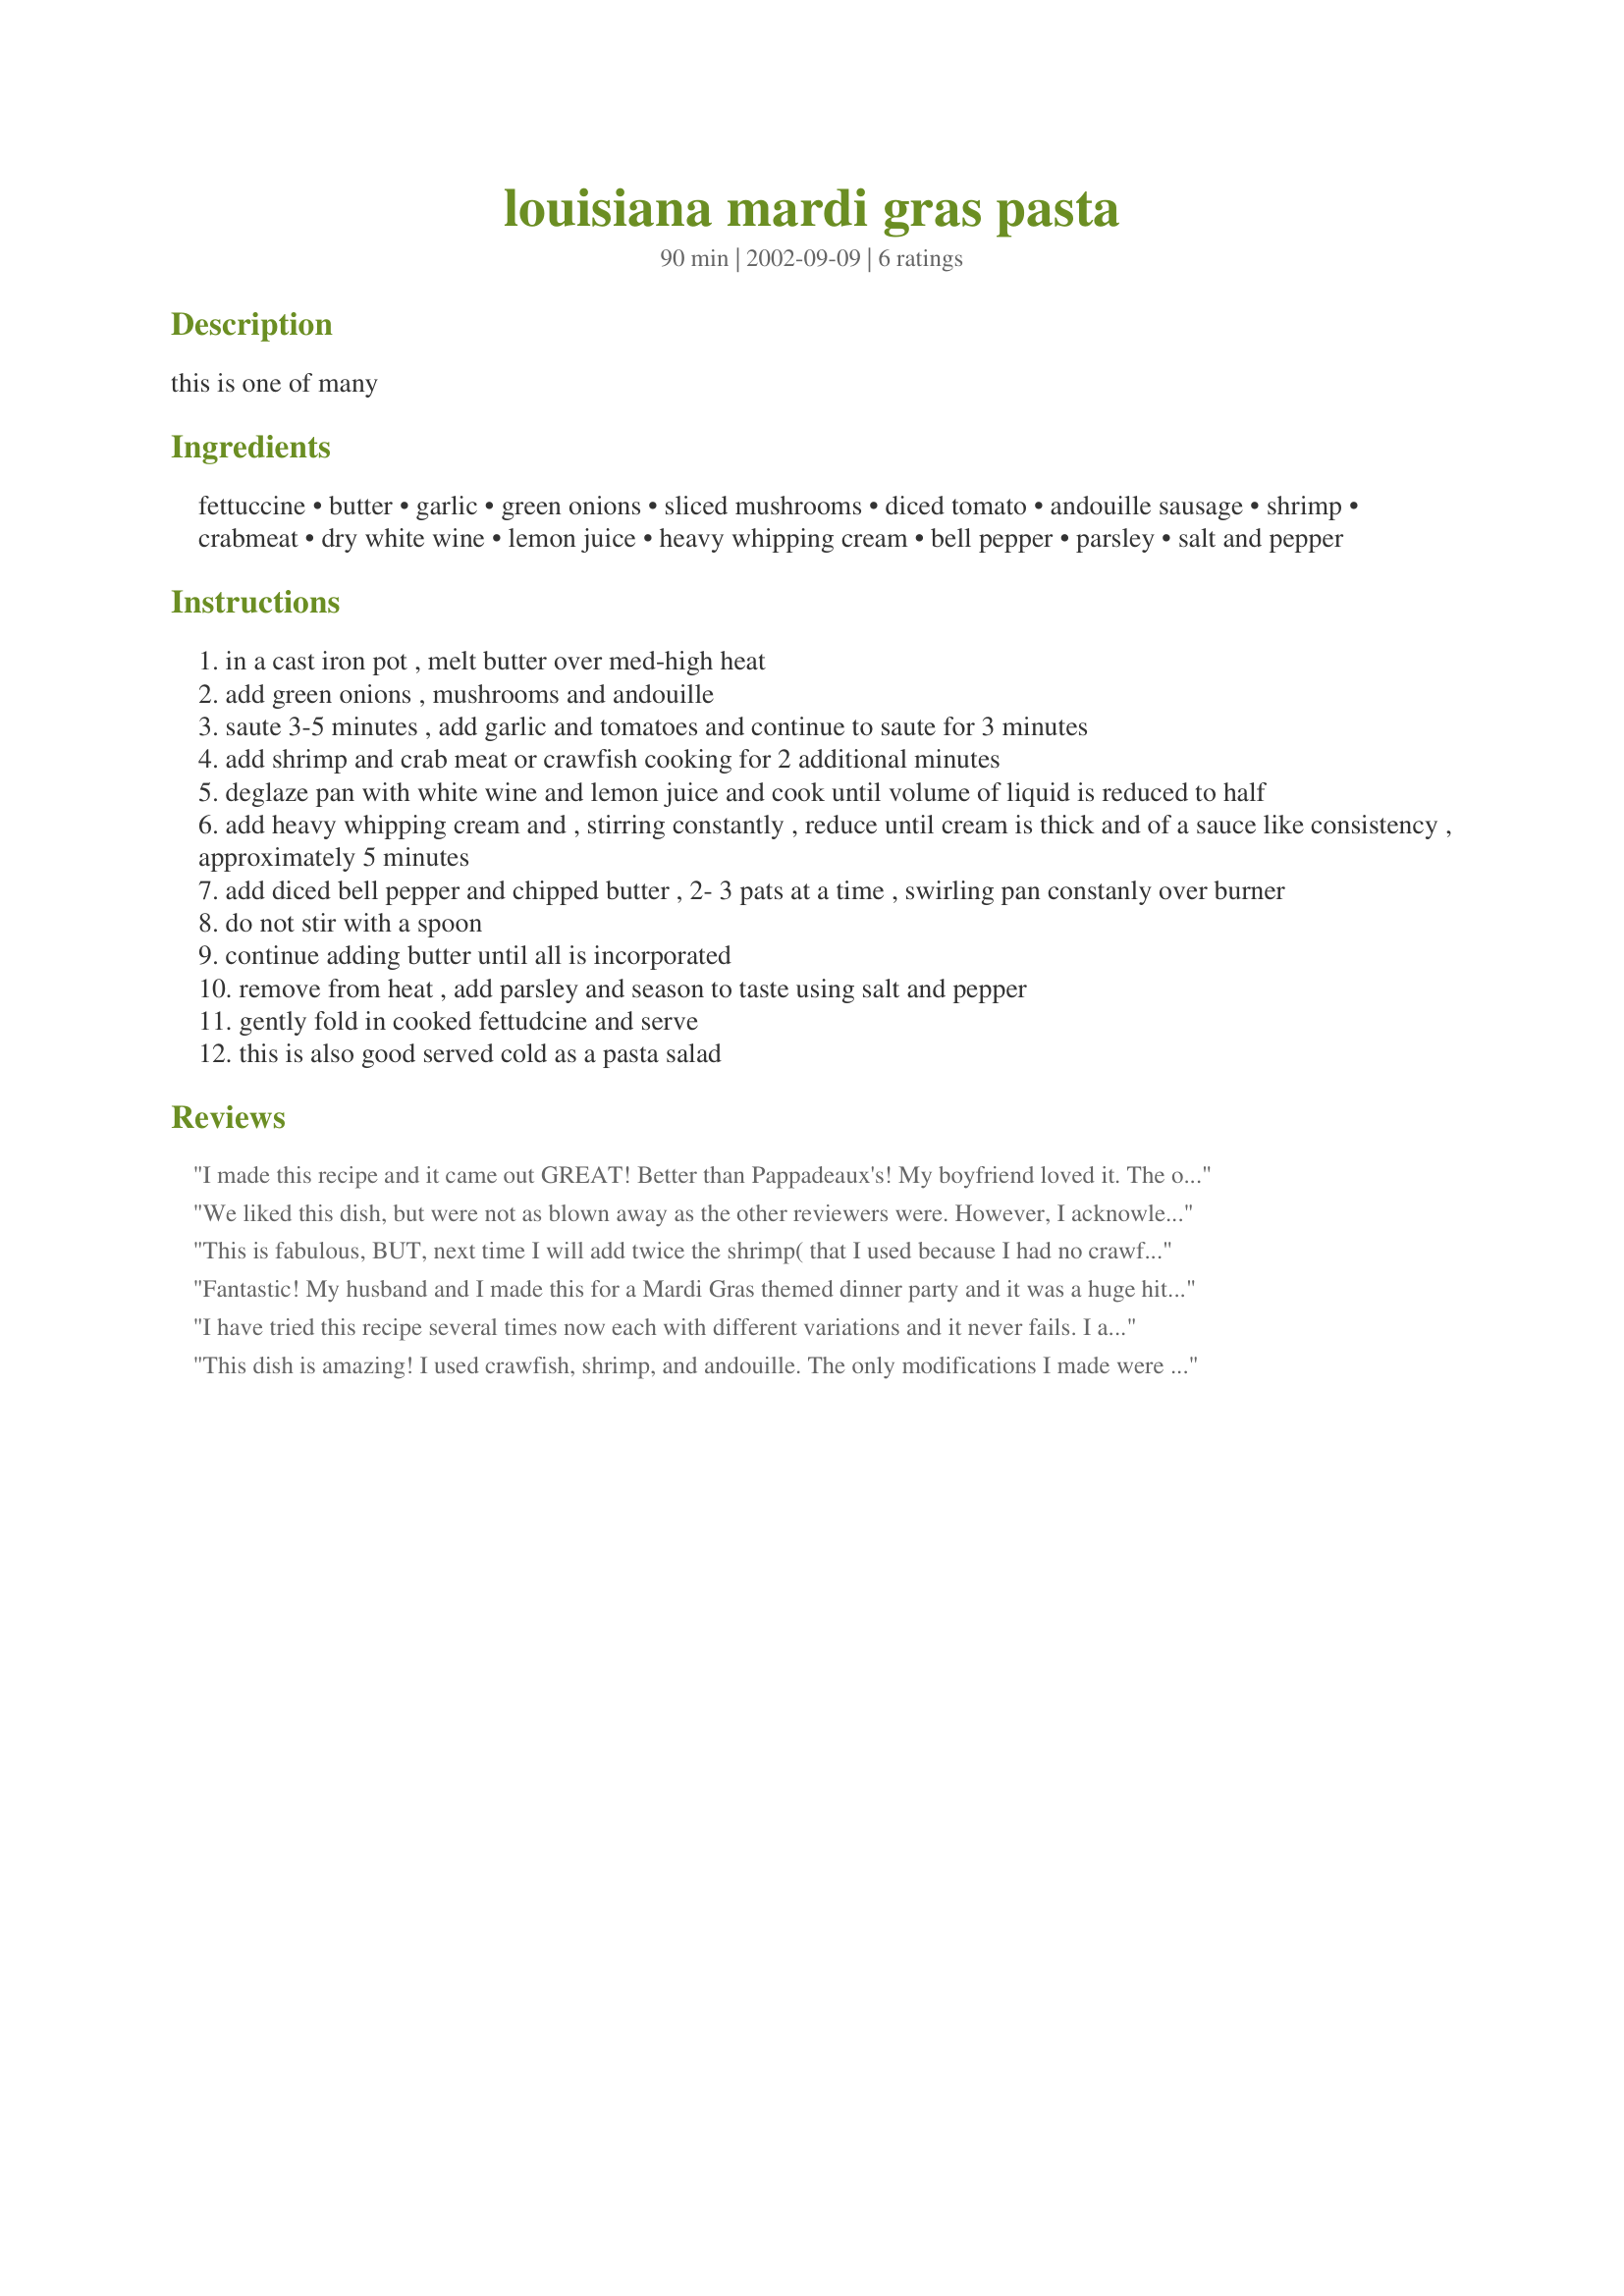
louisiana mardi gras pasta
Preparation time: 90 minutes

this is one of many

Ingredients:
fettuccine, butter, garlic, green onions, sliced mushrooms, diced tomato, andouille sausage, shrimp, crabmeat, dry white wine, lemon juice, heavy whipping cream, bell pepper, parsley, salt and pepper

Steps:
in a cast iron pot , melt butter over med-high heat
add green onions , mushrooms and andouille
saute 3-5 minutes , add garlic and tomatoes and continue to saute for 3 minutes
add shrimp and crab meat or crawfish cooking for 2 additional minutes
deglaze pan with white wine and lemon juice and cook until volume of liquid is reduced to half
add heavy whipping cream and , stirring constantly , reduce until cream is thick and of a sauce like consistency , approximately 5 minutes
add diced bell pepper and chipped butter , 2- 3 pats at a time , swirling pan constanly over burner
do not stir with a spoon
continue adding butter until all is incorporated
remove from heat , add parsley and season to taste using salt and pepper
gently fold in cooked fettudcine and serve
this is also good served cold as a pasta salad

Reviews:
I made this recipe and it came out GREAT! Better than Pappadeaux's! My boyfriend loved it. The only thing I added was shrimp so that mine had crawfish, sausage & shrimp. I also added Parmesan cheese on top.
We liked this dish, but were not as blown away as the other reviewers were. However, I acknowledge that I made modifications, so will not assign stars. I used vegan Tofurkey artisan andouille for the andouille and then I realized I was out of cream, so I subbed Greek yogurt, which still gave it a nice, creamy consistency. I did add more shrimp and crab as other reviewers suggested. Thanks!
This is fabulous, BUT, next time I will add twice the shrimp( that I used because I had no crawfish in the freeze)r and twice the crab.. If I have the crawfish next time, I will throw that in too. We like stuff like this LOADED. This is "company quality" as a meal. Oh, and I had Texas Toast garlic bread and salad with it. We all just loved this for our Mardi Gras dinner. But, I will now make it ANY time of year!
Fantastic! My husband and I made this for a Mardi Gras themed dinner party and it was a huge hit. I stumbled on this recipe by accident while we were in the late planning stages of the party and wanted to try it. We LOVED it and decided to serve it at the party. The first time I made this, I used pre-cooked andouille sausage. The second time, I used uncooked. It was great both ways, but the precooked obviously held it's shape better. I also used less butter. I probably won't make this again because it is so high in calories and fat, but it was truly a delicious addition to our Mardi Gras Dinner Party table!! Thank you!
I have tried this recipe several times now each with different variations and it never fails. I absolutely love it the last time I made it I used chicken sausage and shrimp and it was just as tasty as the original. I also used rigatoni pasta and again it was a delight. Thank you so much for sharing this recipe.
This dish is amazing! I used crawfish, shrimp, and andouille. The only modifications I made were adding in diced yellow onion and cayenne. My husband is a foodie and LOVED it, suggesting I make it again in a few days when friends will be coming over for dinner. I served with garlic bread, which was a nice addition. You&#039;ll want to stuff yourself with it, and dishing out generous bowls, I got closer to 4 servings, not 6.
